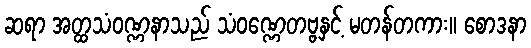
ဆရာ အတ္ထသံဝဏ္ဏနာသည် သံဝဏ္ဏေတဗ္ဗနှင့် မတန်တကား။ စောဒနာ